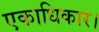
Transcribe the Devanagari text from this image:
एकाधिकार।